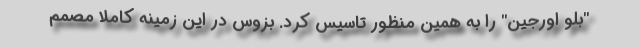
"بلو اورجین" را به همین منظور تاسیس کرد. بزوس در این زمینه کاملا مصمم